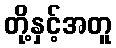
တို့နှင့်အတူ